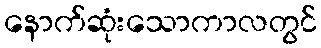
နောက်ဆုံးသောကာလတွင်